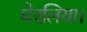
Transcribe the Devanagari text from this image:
घेरलिया।